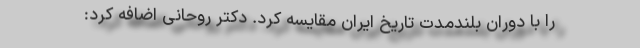
را با دوران بلندمدت تاریخ ایران مقایسه کرد. دکتر روحانی اضافه کرد: